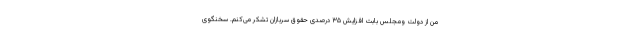
من از دولت ومجلس بابت افزایش ۳۵ درصدی حقوق سربازان تشکر می‌کنم. سخنگوی